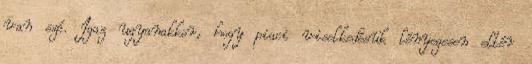
van szó. Igaz ugyanakkor, hogy piaci viselkedésük lényegesen eltér